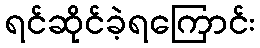
ရင်ဆိုင်ခဲ့ရကြောင်း